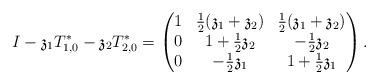
LaTeX: \begin{align*}I - \mathfrak{z}_1 T_{1,0}^* - \mathfrak{z}_2 T_{2,0}^* = \begin{pmatrix} 1 & \frac{1}{2}(\mathfrak{z}_1 + \mathfrak{z}_2) & \frac{1}{2}(\mathfrak{z}_1 + \mathfrak{z}_2) \\ 0 & 1 + \frac{1}{2} \mathfrak{z}_2 & -\frac{1}{2} \mathfrak{z}_2 \\ 0 & - \frac{1}{2} \mathfrak{z}_1 & 1 + \frac{1}{2} \mathfrak{z}_1 \end{pmatrix}.\end{align*}